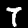
Digit: 7